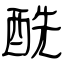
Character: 酰